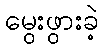
မွေးဖွားခဲ့